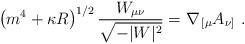
LaTeX: \begin{align*}\left(m^4+\kappa R\right)^{1/2}{W_{\mu\nu}\over\sqrt{-|W|^2}}=\nabla_{\,[\mu} A_{\nu]}\ .\end{align*}